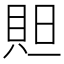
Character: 𮙻